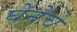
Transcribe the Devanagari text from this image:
घेनेचे